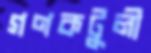
গণকটুলী